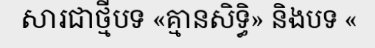
សារជាថ្មីបទ «គ្មានសិទ្ធិ» និងបទ «